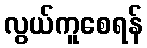
လွယ်ကူစေရန်